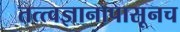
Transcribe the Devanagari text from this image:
तत्त्वज्ञानापासूनच